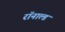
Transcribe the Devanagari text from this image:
रॉनाल्ड